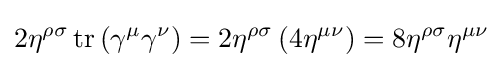
2\eta ^{\rho \sigma }\operatorname {tr} \left(\gamma ^{\mu }\gamma ^{\nu }\right)=2\eta ^{\rho \sigma }\left(4\eta ^{\mu \nu }\right)=8\eta ^{\rho \sigma }\eta ^{\mu \nu }